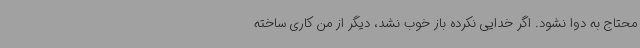
محتاج به دوا نشود. اگر خدایی نکرده باز خوب نشد، دیگر از من کاری ساخته